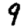
Digit: 9